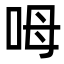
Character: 呣